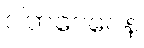
ဝါတဝေဂေန